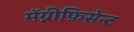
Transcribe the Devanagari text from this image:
मॅग्नीफ़िसेन्ट